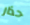
حذار